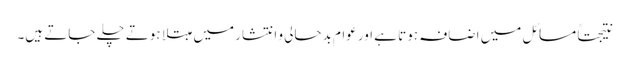
نتیجتاً مسائل میں اضافہ ہوتا ہے اور عوام بدحالی و انتشار میں مبتلا ہوتے چلے جاتے ہیں۔